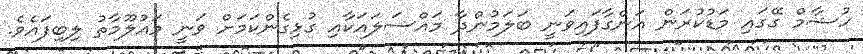
ހުޝާމް ގޭގައި މަޑުކުރަން އަންގާފައިވަނީ ބަލަމުންދާ މައްސަލައަކާއި ގުޅިގެންކަމަށް ވަނީ މައުލޫމާތު ލިބިފައެވެ.